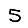
Digit: 5